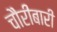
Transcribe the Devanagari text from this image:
चौरीबारी